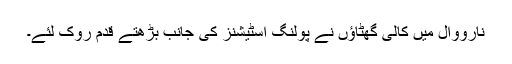
نارووال میں کالی گھٹاؤں نے پولنگ اسٹیشنز کی جانب بڑھتے قدم روک لئے۔